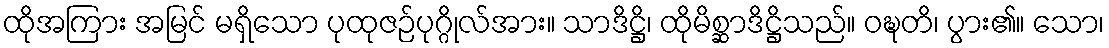
ထိုအကြား အမြင် မရှိသော ပုထုဇဉ်ပုဂ္ဂိုလ်အား။ သာဒိဋ္ဌိ၊ ထိုမိစ္ဆာဒိဋ္ဌိသည်။ ဝဍ္ဎတိ၊ ပွား၏။ သော၊